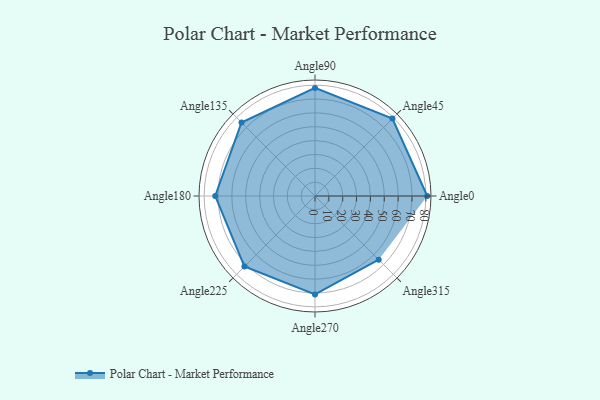
{"axis": {"x": "Angle", "y": "Radius"}, "legend": [""], "data": [{"x": "Angle0", "y": 81.0, "type": ""}, {"x": "Angle45", "y": 79.0, "type": ""}, {"x": "Angle90", "y": 78.0, "type": ""}, {"x": "Angle135", "y": 75.0, "type": ""}, {"x": "Angle180", "y": 72.0, "type": ""}, {"x": "Angle225", "y": 72.0, "type": ""}, {"x": "Angle270", "y": 71.0, "type": ""}, {"x": "Angle315", "y": 65.0, "type": ""}]}